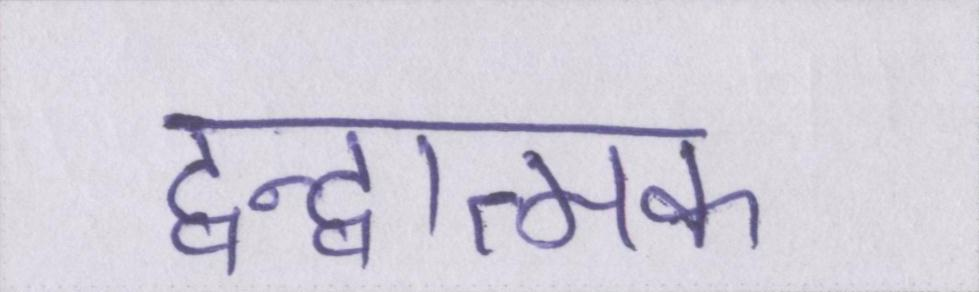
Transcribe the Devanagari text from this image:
द्वन्द्वात्मक